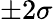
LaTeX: \pm 2\sigma